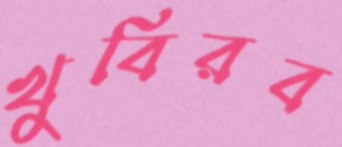
খুবিরব